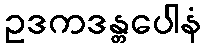
ဥဒကဒန္တပေါနံ